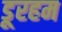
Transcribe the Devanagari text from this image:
डूरहम